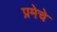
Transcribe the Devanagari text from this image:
प्रमेचे